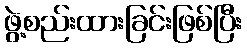
ဖွဲ့စည်းထားခြင်းဖြစ်ပြီး